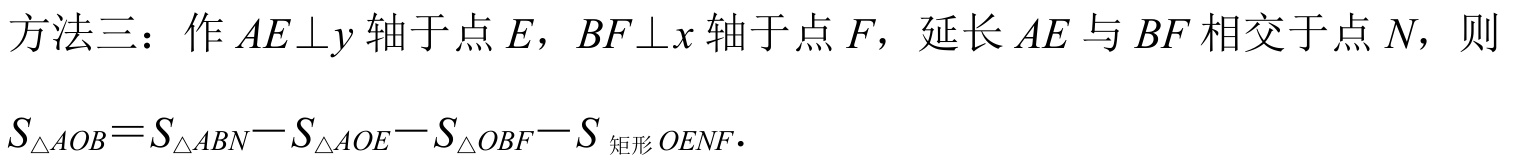
方法三：作 \(AE\perp y\) 轴于点 \(E\)，\(BF\perp x\) 轴于点 \(F\)，延长 \(AE\) 与 \(BF\) 相交于点 \(N\)，则
\(S_{\triangle AOB}=S_{\triangle ABN}-S_{\triangle AOE}-S_{\triangle OBF}-S_{\text{ 矩形 }OENF}.\)